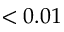
< 0 . 0 1